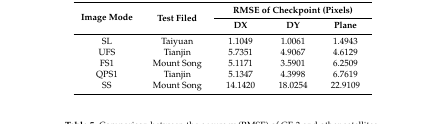
<table><thead><tr><td rowspan="2"><b>Image Mode</b></td><td rowspan="2"><b>Test Filed</b></td><td colspan="3"><b>RMSE of Checkpoint (Pixels)</b></td></tr><tr><td><b>DX</b></td><td><b>DY</b></td><td><b>Plane</b></td></tr></thead><tbody><tr><td>SL</td><td>Taiyuan</td><td>1.1049</td><td>1.0061</td><td>1.4943</td></tr><tr><td>UFS</td><td>Tianjin</td><td>5.7351</td><td>4.9067</td><td>4.6129</td></tr><tr><td>FS1</td><td>Mount Song</td><td>5.1171</td><td>3.5901</td><td>6.2509</td></tr><tr><td>QPS1</td><td>Tianjin</td><td>5.1347</td><td>4.3998</td><td>6.7619</td></tr><tr><td>SS</td><td>Mount Song</td><td>14.1420</td><td>18.0254</td><td>22.9109</td></tr></tbody></table>